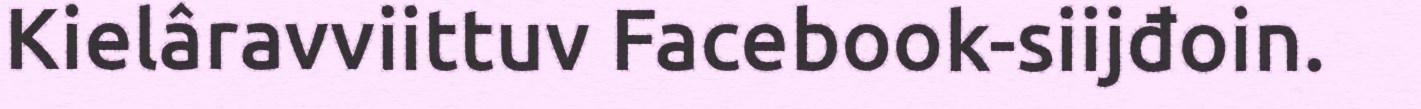
Kielâravviittuv Facebook-siijđoin.